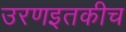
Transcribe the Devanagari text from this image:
उरणइतकीच